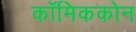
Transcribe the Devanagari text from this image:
कॉमिककोन